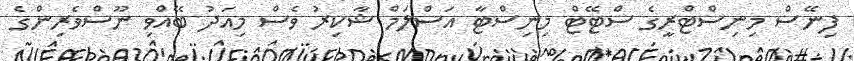
ފިނޭސް މިނިސްޓްރީގެ ސްޓޭޓް މިނިސްޓާ އަސްލަމް ޝާކިރު ވެސް މިއަދު ބޭއްވި ނޫސްވެރިންގެ